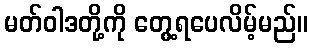
မတ်ဝါဒတို့ကို တွေ့ရပေလိမ့်မည်။